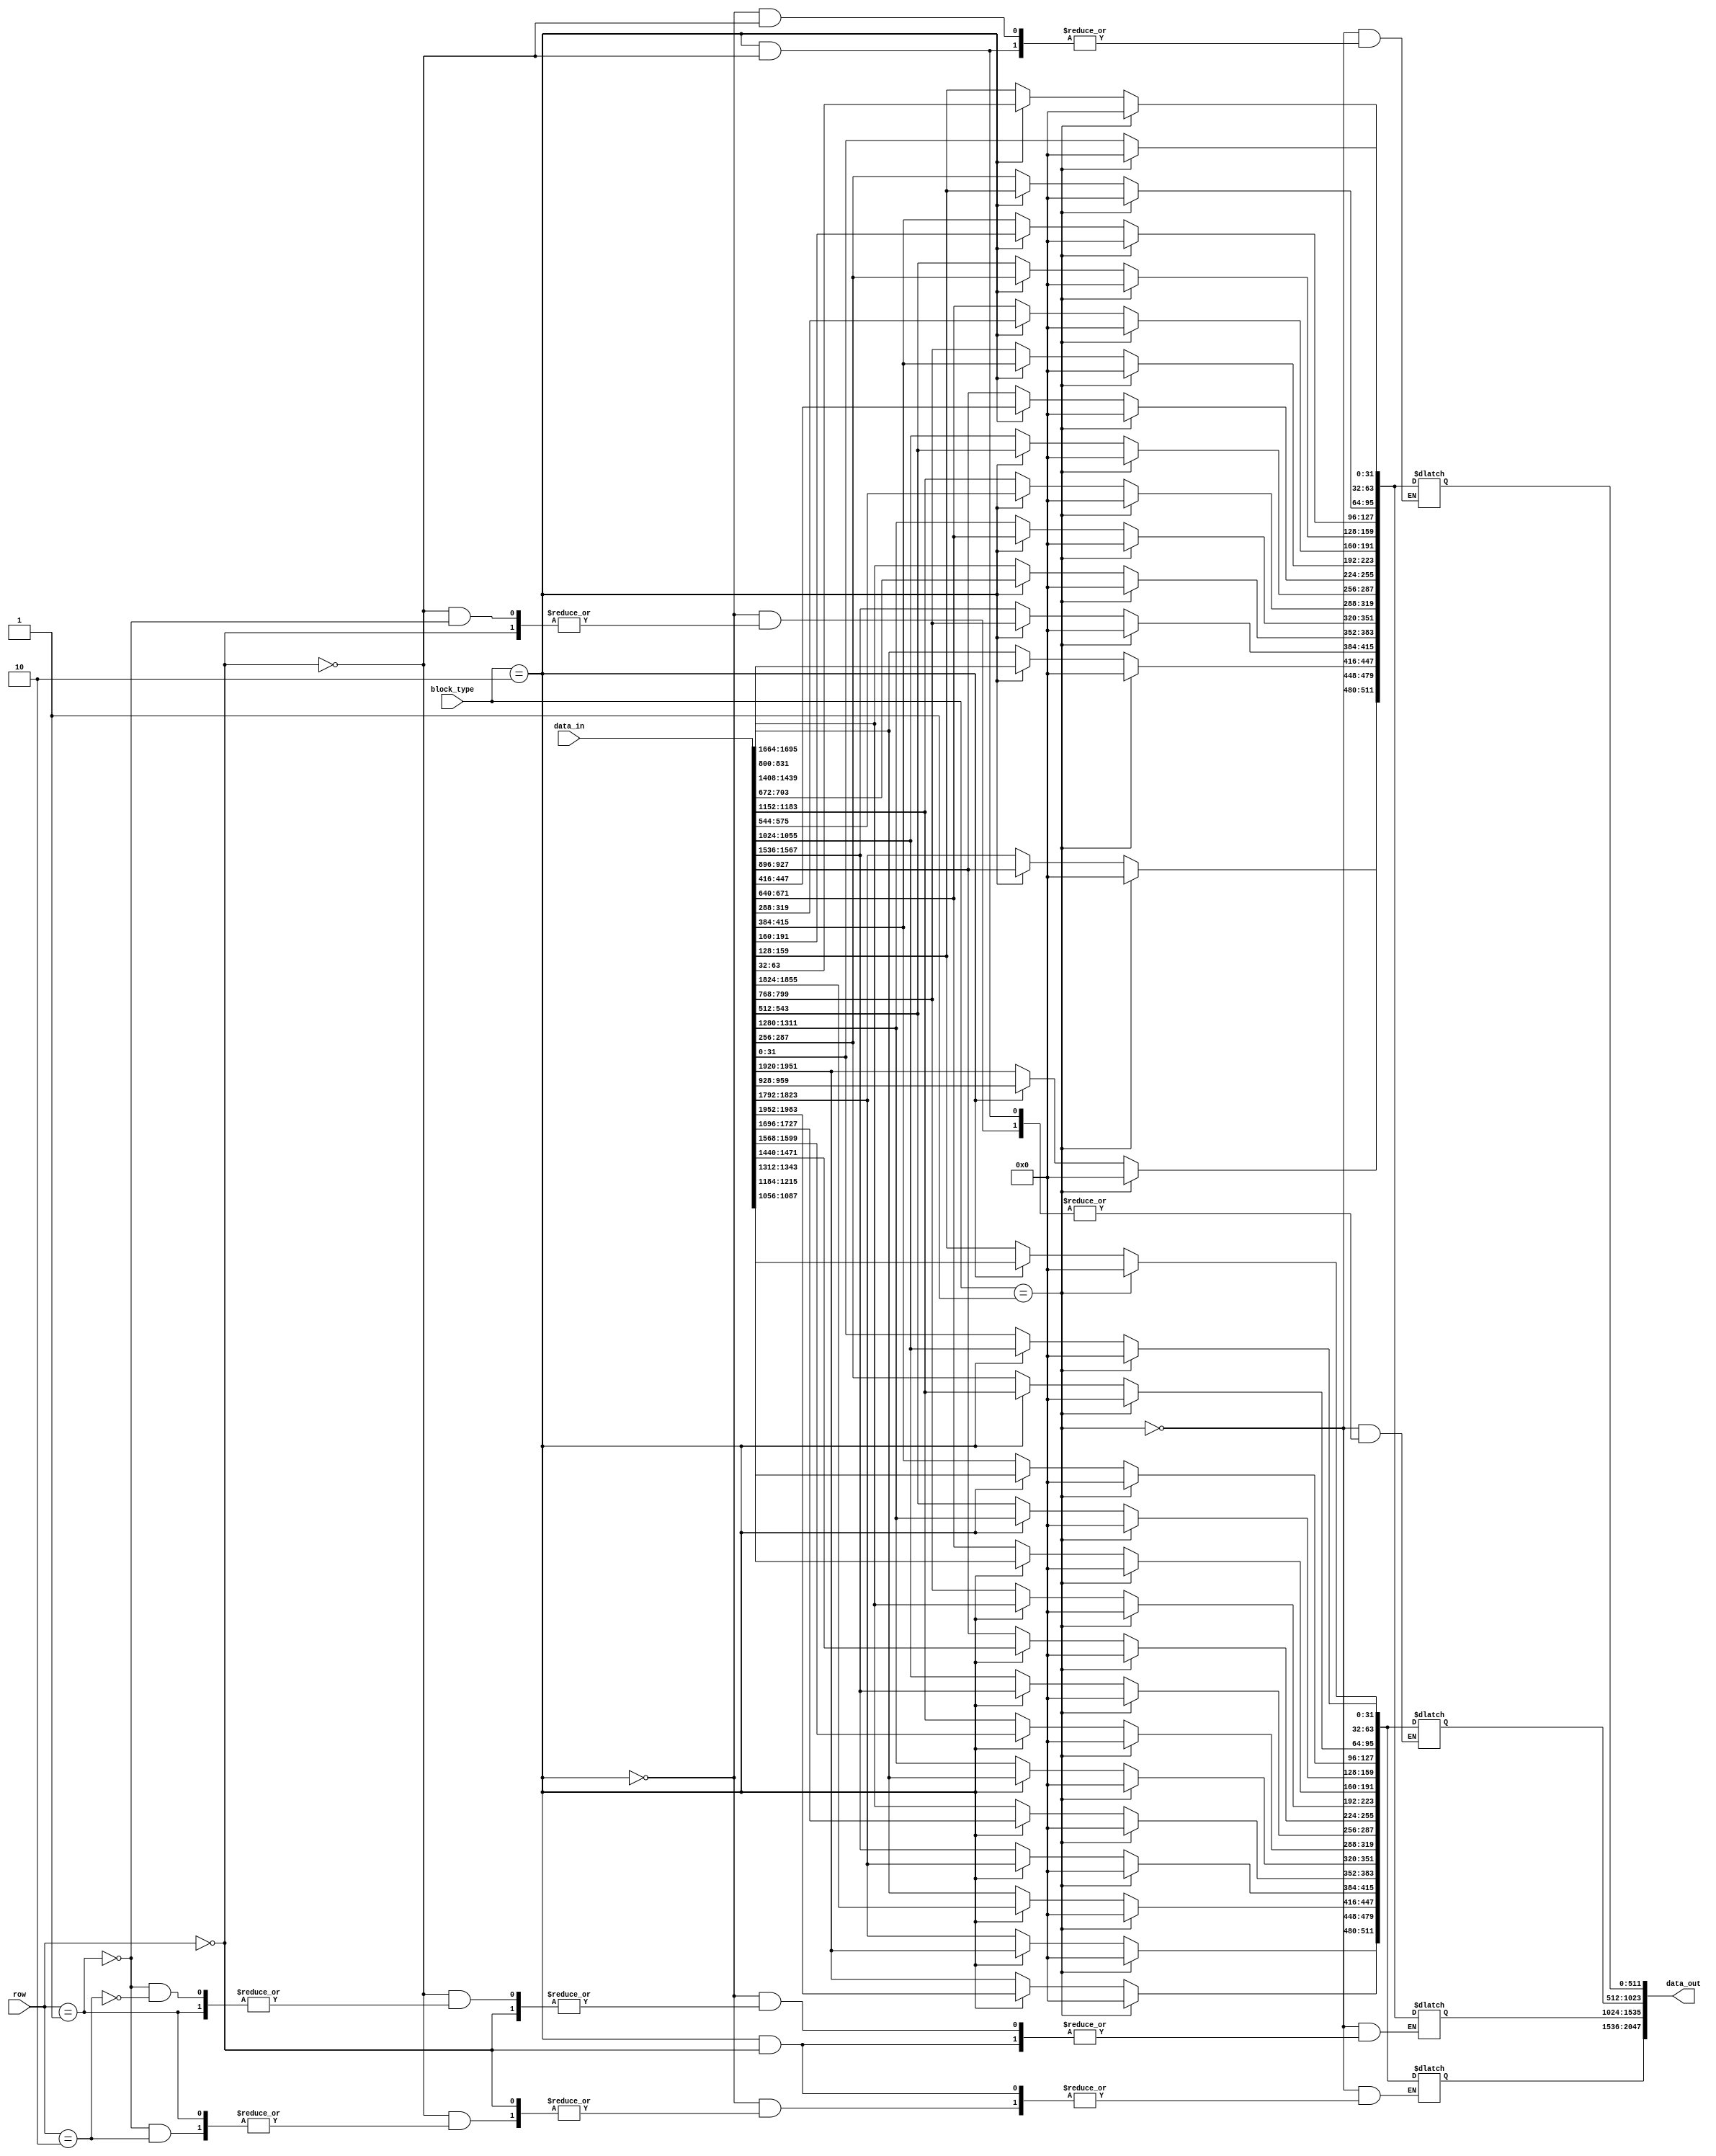
module align_mux #(
    parameter M_TILE = 4, N_TILE = 4,
    parameter M_EXPAND = 4,
    parameter DW_DATA = 32,
    parameter DW_IO = M_TILE*N_TILE*M_EXPAND*DW_DATA
) (
    input [2:0] block_type,
    input [1:0] row,
    input [DW_IO-1:0] data_in,
    output reg [DW_IO-1:0] data_out
);
    
    integer i, j;

    always @(*) begin
        if (block_type==1) begin
            data_out <= 0;
        end
        else if (block_type == 2) begin
            if (row == 0) begin
                for (i=0; i<M_TILE; i=i+1) begin
                    for (j=0; j<N_TILE; j=j+1) begin
                        data_out[(((i)*N_TILE+j)*2)*DW_DATA +:2*DW_DATA] <= data_in[((i*N_TILE+j)*M_EXPAND)*DW_DATA +:2*DW_DATA];
                    end
                end
            end
            //else if (row == 2) begin
            else begin
                for (i=0; i<M_TILE; i=i+1) begin
                    for (j=0; j<N_TILE; j=j+1) begin
                        data_out[(((1*M_TILE+i)*N_TILE+j)*2)*DW_DATA +:2*DW_DATA] <= data_in[((i*N_TILE+j)*M_EXPAND)*DW_DATA +:2*DW_DATA];
                    end
                end
            end
        end
        //else if (block_type == 4) begin
        else begin
            if (row==0) begin
                for (i=0; i<M_TILE; i=i+1) begin
                    for (j=0; j<N_TILE; j=j+1) begin
                        data_out[((0*M_TILE+i)*N_TILE+j)*DW_DATA +:DW_DATA] <= data_in[((i*N_TILE+j)*M_EXPAND)*DW_DATA +:DW_DATA];
                    end
                end
            end
            else if (row==1) begin
                for (i=0; i<M_TILE; i=i+1) begin
                    for (j=0; j<N_TILE; j=j+1) begin
                        data_out[((1*M_TILE+i)*N_TILE+j)*DW_DATA +:DW_DATA] <= data_in[((i*N_TILE+j)*M_EXPAND)*DW_DATA +:DW_DATA];
                    end
                end
            end
            else if (row==2) begin
                for (i=0; i<M_TILE; i=i+1) begin
                    for (j=0; j<N_TILE; j=j+1) begin
                        data_out[((2*M_TILE+i)*N_TILE+j)*DW_DATA +:DW_DATA] <= data_in[((i*N_TILE+j)*M_EXPAND)*DW_DATA +:DW_DATA];
                    end
                end
            end
            //else if (row==3) begin
            else begin
                for (i=0; i<M_TILE; i=i+1) begin
                    for (j=0; j<N_TILE; j=j+1) begin
                        data_out[((3*M_TILE+i)*N_TILE+j)*DW_DATA +:DW_DATA] <= data_in[((i*N_TILE+j)*M_EXPAND)*DW_DATA +:DW_DATA];
                    end
                end
            end
        end
    end

endmodule